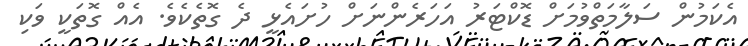
އެކަމުން ސަލާމަތްވުމަށް ޑޮކްޓަރު އަހަރެންނަށް ހުށައެޅީ ދެ ގޮތެކެވެ. އެއް ގޮތަކީ ވަކި